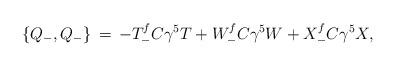
LaTeX: \begin{align*}\{Q_-,Q_-\}\, =\, -T^f_- C\gamma^5 T+ W^f_- C\gamma^5 W+ X^f_- C\gamma^5 X,\end{align*}